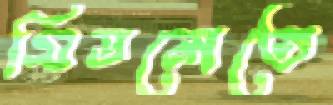
মিডলেতে